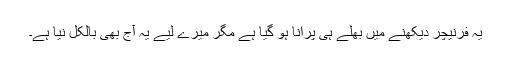
یہ فرنیچر دیکھنے میں بھلے ہی پرانا ہو گیا ہے مگر میرے لیے یہ آج بھی بالکل نیا ہے۔